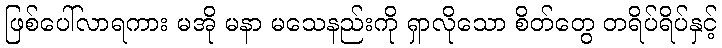
ဖြစ်ပေါ်လာရကား မအို မနာ မသေနည်းကို ရှာလိုသော စိတ်တွေ တရိပ်ရိပ်နှင့်